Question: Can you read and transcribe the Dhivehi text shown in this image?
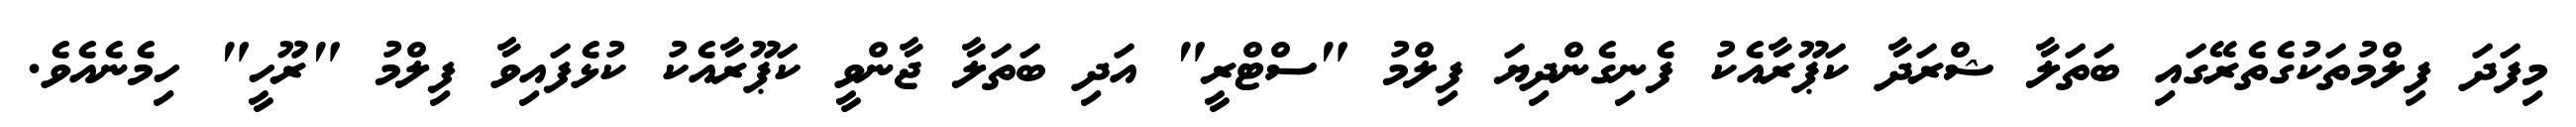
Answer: މިފަދަ ފިލްމުތަކުގެތެރޭގައި ބަތަލާ ޝްރަދާ ކަޕޫރާއެކު ފެނިގެންދިޔަ ފިލްމު "ސްޓްރީ" އަދި ބަތަލާ ޖާންވީ ކަޕޫރާއެކު ކުޅެފައިވާ ފިލްމު "ރޫހީ" ހިމެނެއެވެ.